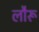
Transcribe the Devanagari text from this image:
लौरू